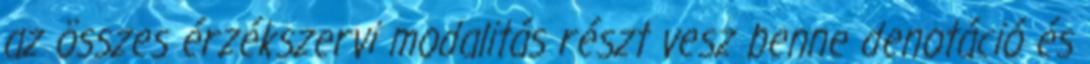
az összes érzékszervi modalitás részt vesz benne denotáció és